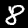
Digit: 8